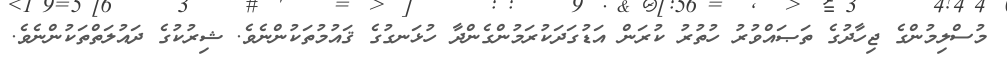
މުސްލިމުންގެ ޖިހާދުގެ ތަޞައްވުރު ހުތުރު ކުރަން އަޑުގަދަކުރަމުންގެންދާ ހުޅަނގުގެ ޤައުމުތަކުންނެވެ. ޝިރުކުގެ ދައުލަތްތަކުންނެވެ.